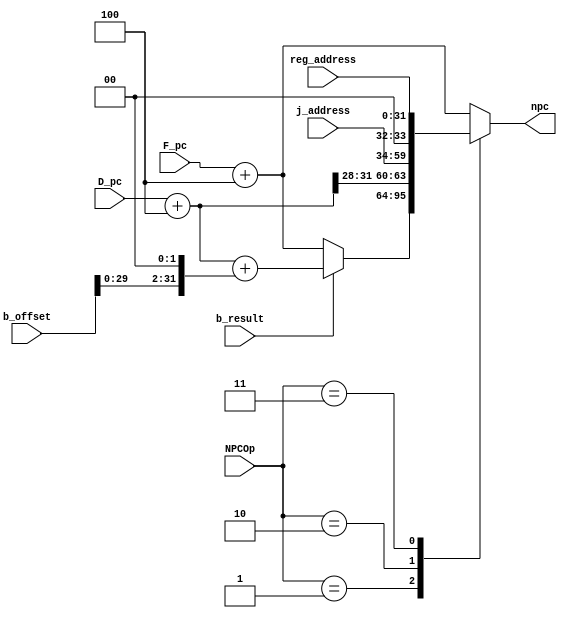
`timescale 1ns / 1ps
//////////////////////////////////////////////////////////////////////////////////
// Company: 
// Engineer: 
// 
// Design Name: 
// Module Name:    NPC 
// Project Name: 
// Target Devices: 
// Tool versions: 
// Description: 
//
// Dependencies: 
//
// Revision: 
// Revision 0.01 - File Created
// Additional Comments: 
//
//////////////////////////////////////////////////////////////////////////////////
// the point is NPC is in D not in F ; a big error!
module NPC(
input wire [31:0] F_pc,
input wire [31:0] D_pc,
input wire [31:0] b_offset,
input wire [25:0] j_address,
input wire [31:0] reg_address,
input wire [2:0] NPCOp,
input wire b_result,
output reg [31:0] npc
    );
wire [31:0] ADD4 = D_pc + 4'b0100;
always@(*) begin
	case(NPCOp) 
	3'b000: npc = F_pc + 4'b0100;
	3'b001: npc = (b_result == 1'b1) ? (ADD4 + (b_offset << 2'b10)) : (F_pc + 4'b0100);
	3'b010: npc = {ADD4[31:28],j_address,2'b00};
	3'b011: npc = reg_address;
	default: npc = F_pc + 4'b0100;
	endcase
end
endmodule